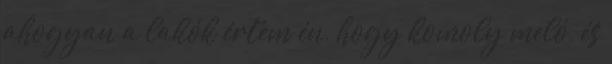
ahogyan a lakók értem én, hogy komoly meló, és